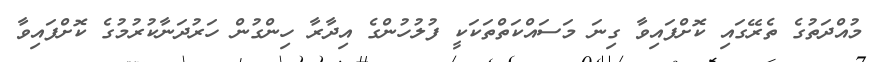
މުއްދަތުގެ ތެރޭގައި ކޮށްފައިވާ ގިނަ މަސައްކަތްތަކަކީ ފުލުހުންގެ އިދާރާ ހިންގުން ހަރުދަނާކުރުމުގެ ކޮށްފައިވާ